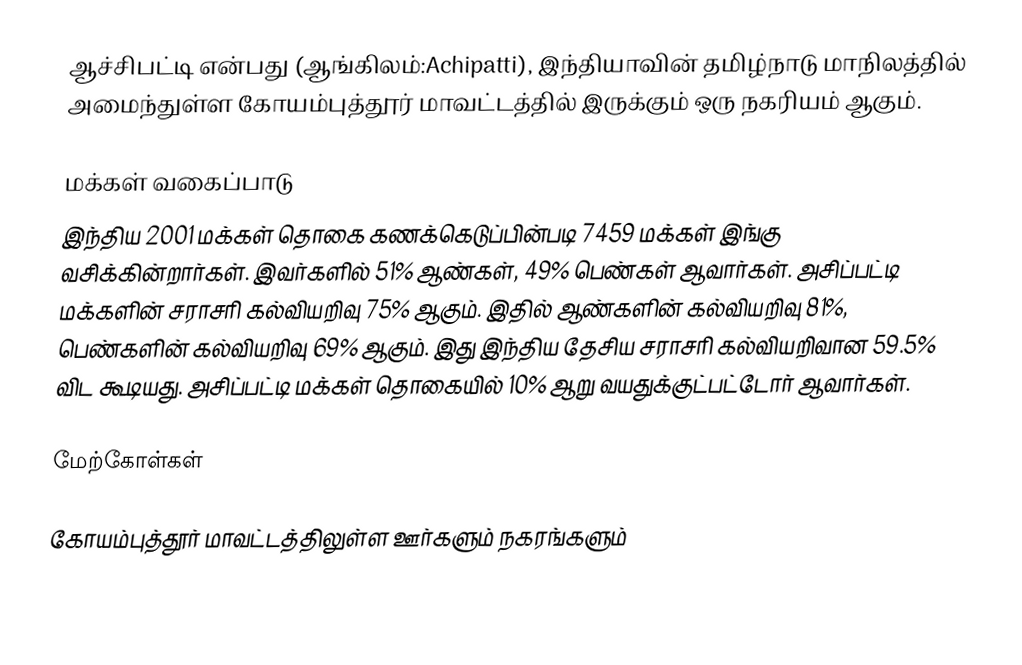
ஆச்சிபட்டி என்பது (ஆங்கிலம்:Achipatti), இந்தியாவின் தமிழ்நாடு மாநிலத்தில் அமைந்துள்ள கோயம்புத்தூர் மாவட்டத்தில் இருக்கும் ஒரு நகரியம்  ஆகும்.

மக்கள் வகைப்பாடு
இந்திய 2001 மக்கள் தொகை கணக்கெடுப்பின்படி 7459 மக்கள் இங்கு வசிக்கின்றார்கள். இவர்களில் 51% ஆண்கள், 49% பெண்கள் ஆவார்கள். அசிப்பட்டி மக்களின் சராசரி கல்வியறிவு 75% ஆகும். இதில் ஆண்களின் கல்வியறிவு 81%, பெண்களின் கல்வியறிவு 69% ஆகும். இது இந்திய தேசிய சராசரி கல்வியறிவான 59.5% விட கூடியது. அசிப்பட்டி மக்கள் தொகையில் 10% ஆறு வயதுக்குட்பட்டோர் ஆவார்கள்.

மேற்கோள்கள்

கோயம்புத்தூர் மாவட்டத்திலுள்ள ஊர்களும் நகரங்களும்